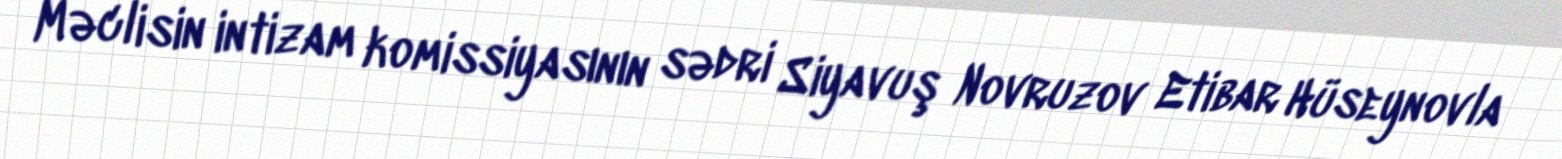
Məclisin intizam komissiyasının sədri Siyavuş Novruzov Etibar Hüseynovla